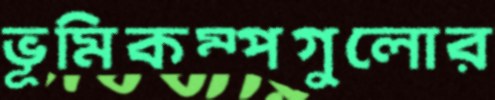
ভূমিকম্পগুলোর